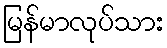
မြန်မာလုပ်သား